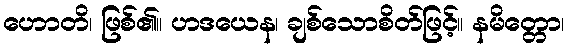
ဟောတိ၊ ဖြစ်၏။ ဟဒယေန၊ ချစ်သောစိတ်ဖြင့်။ နမိတ္တော၊